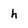
Character: h